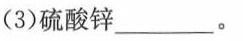
(3)硫酸锌\underline。